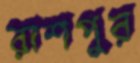
রাশপুর